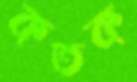
কতক